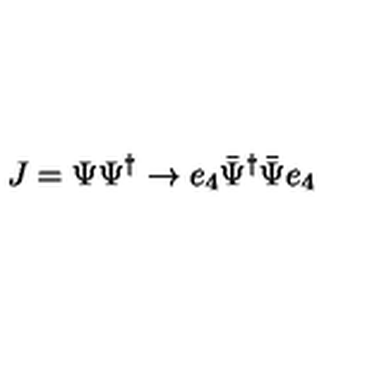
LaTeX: J = \Psi \Psi ^ { \dagger } \rightarrow e _ { 4 } \bar { \Psi } ^ { \dagger } \bar { \Psi } e _ { 4 }